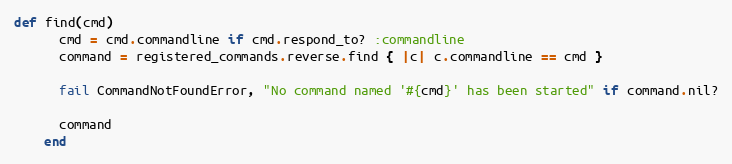
Language: Ruby
def find(cmd)
      cmd = cmd.commandline if cmd.respond_to? :commandline
      command = registered_commands.reverse.find { |c| c.commandline == cmd }

      fail CommandNotFoundError, "No command named '#{cmd}' has been started" if command.nil?

      command
    end